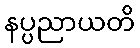
နပ္ပညာယတိ